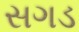
સગડ